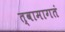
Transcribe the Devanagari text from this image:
त्वामागतं